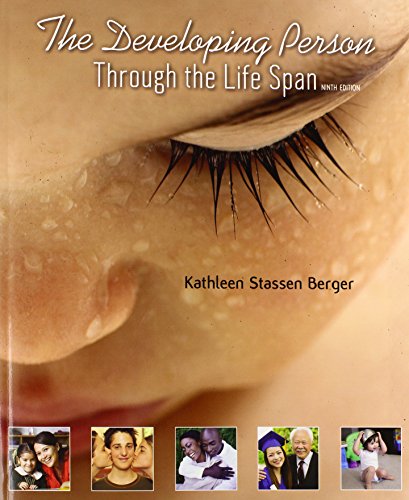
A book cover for The Developing Person Through the Life Span: Paperbound; Kathleen Stassen Berger; Medical Books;